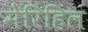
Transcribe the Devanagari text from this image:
मेरिहिल